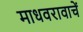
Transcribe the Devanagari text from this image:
माधवरावाचें